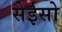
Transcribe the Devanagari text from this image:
सेईसो